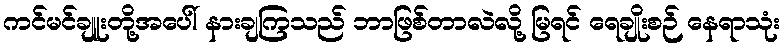
ကင်မင်ချူးတို့အပေါ် နားချကြသည် ဘာဖြစ်တာလဲလို့ မြရင် ရေချိုးစဉ် နေရာသုံး